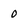
Character: O